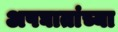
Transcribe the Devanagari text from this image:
अपघातांच्या